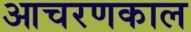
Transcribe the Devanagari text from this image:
आचरणकाल